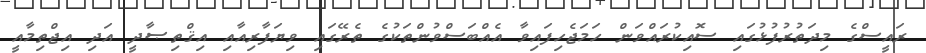
ރައީސްގެ މިދަތުރުފުޅުގައި ސޮއިކުރައްވަން ހަމަޖެހިފައިވާ އެއްބަސްވުންތަކުގެ ތެރޭގައި ވިޔަފާރިއާއި އިޤްތިޞާދީ އަދި އިޖްތިމާއީ